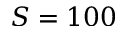
S = 1 0 0